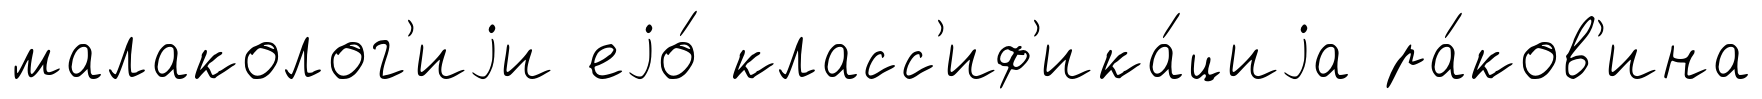
малаколог'иjи еjо́ класс'иф'ика́циjа ра́ков'ина